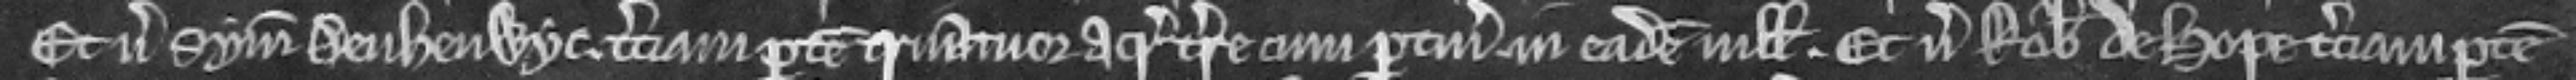
Et versus Symonem Deuheuwye terciam partem quatuor acrarum terre cum pertinenciis in eadem villa. Et versus Robertum de Hope terciam partem